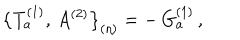
\bigl \{ T _ { a } ^ { ( 1 ) } , \, A ^ { ( 2 ) } \bigr \} _ { ( \eta ) } = - \, G _ { a } ^ { ( 1 ) } \, ,